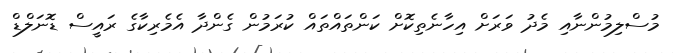
މުސްލިމުންނާއި މެދު ވަރަށް އިހާނެތިކޮށް ކަންތައްތައް ކުރަމުން ގެންދާ އެމެރިކާގެ ރައީސް ޑޮނަލްޑް